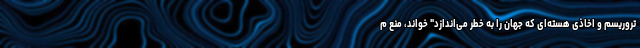
تروریسم و اخاذی هسته‌ای که جهان را به خطر می‌اندازد" خواند، منع م